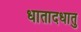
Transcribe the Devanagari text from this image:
धातादधातु